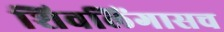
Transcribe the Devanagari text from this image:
शिवलिंगासच